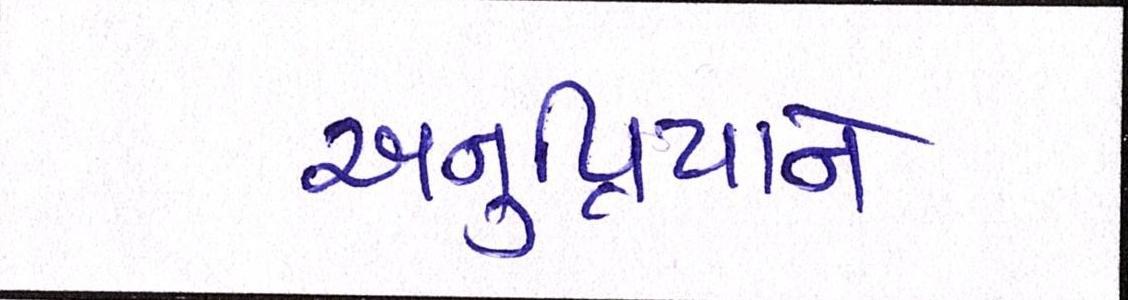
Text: અનુપ્રિયાને